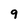
Character: 9